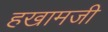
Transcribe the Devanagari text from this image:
हखामजी